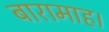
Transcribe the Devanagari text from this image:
बारामाह।